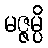
မဇ္ဇမ္ပိ